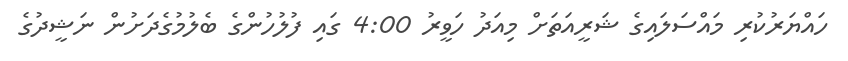
ހައްޔަރުކުރި މައްސަލައިގެ ޝަރީއަތަށް މިއަދު ހަވީރު 4:00 ގައި ފުލުހުންގެ ބެލުމުގެދަށުން ނަޝީދުގެ